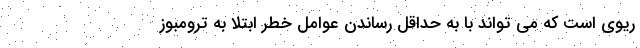
ریوی است که می تواند با به حداقل رساندن عوامل خطر ابتلا به ترومبوز